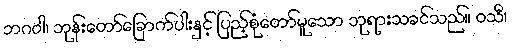
ဘဂဝါ၊ ဘုန်းတော်ခြောက်ပါးနှင့် ပြည့်စုံတော်မူသော ဘုရားသခင်သည်။ ဝသီ၊